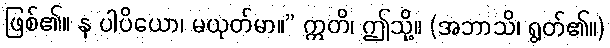
ဖြစ်၏။ န ပါပိယော၊ မယုတ်မာ။” ဣတိ၊ ဤသို့။ (အဘာသိ၊ ရွတ်၏။)